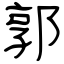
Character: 郭